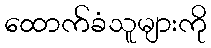
ထောက်ခံသူများကို